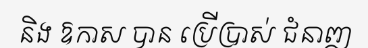
និង ឱកាស បាន ប្រើប្រាស់ ជំនាញ